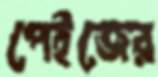
পেইজের